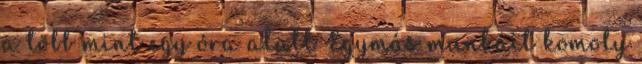
a több mint egy óra alatt Egymás munkáit komoly